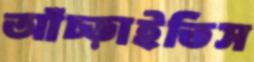
আঁচ্‌ড়াইতিস